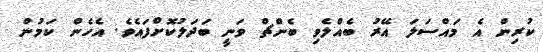
ކުރިން އެ މައްސަލަ އޭރު ބެއްލެވި ބެންޗް ވަނީ ބަދަލުކޮށްފައެވެ. އެހެން ކަމުން